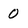
Character: 0